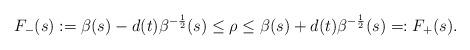
LaTeX: \begin{align*}F_{-}(s):=\beta(s)-d(t)\beta^{-\frac{1}{2}}(s)\leq\rho\leq\beta(s)+d(t)\beta^{-\frac{1}{2}}(s)=:F_{+}(s).\end{align*}